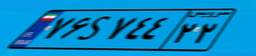
۷۶S۷۴۴۲۲